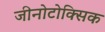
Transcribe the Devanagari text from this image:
जीनोटोक्सिक